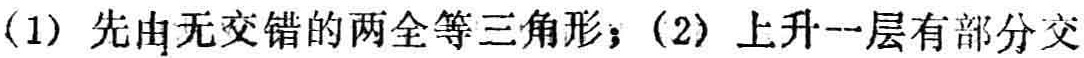
(1) 先由无交错的两全等三角形；(2) 上升一层有部分交